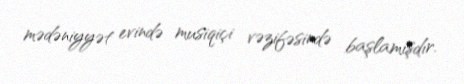
mədəniyyət evində musiqiçi vəzifəsində başlamışdır.